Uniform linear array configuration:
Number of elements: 48
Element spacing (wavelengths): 0.25
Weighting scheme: hann
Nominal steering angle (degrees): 60
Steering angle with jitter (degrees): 58.495
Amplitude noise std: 0.05
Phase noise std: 0.05

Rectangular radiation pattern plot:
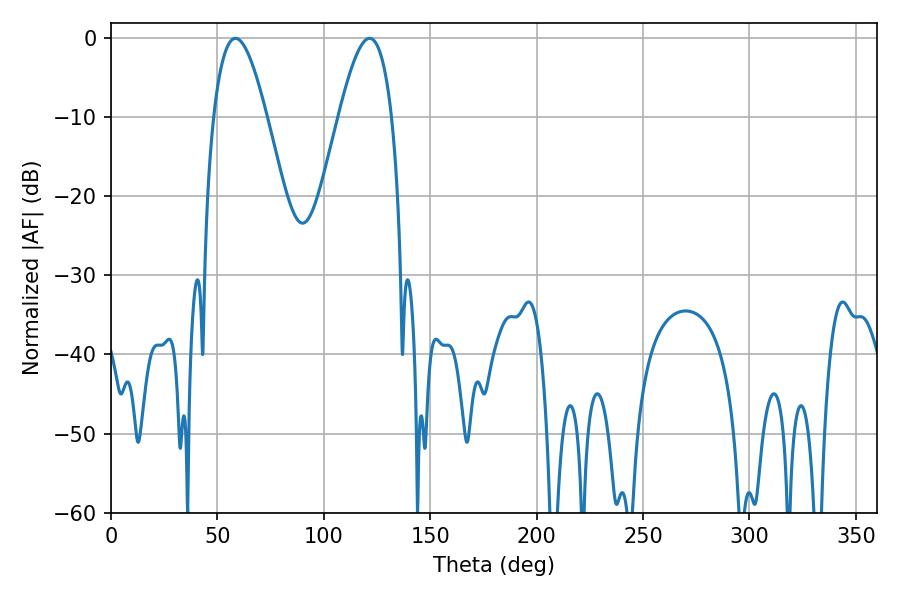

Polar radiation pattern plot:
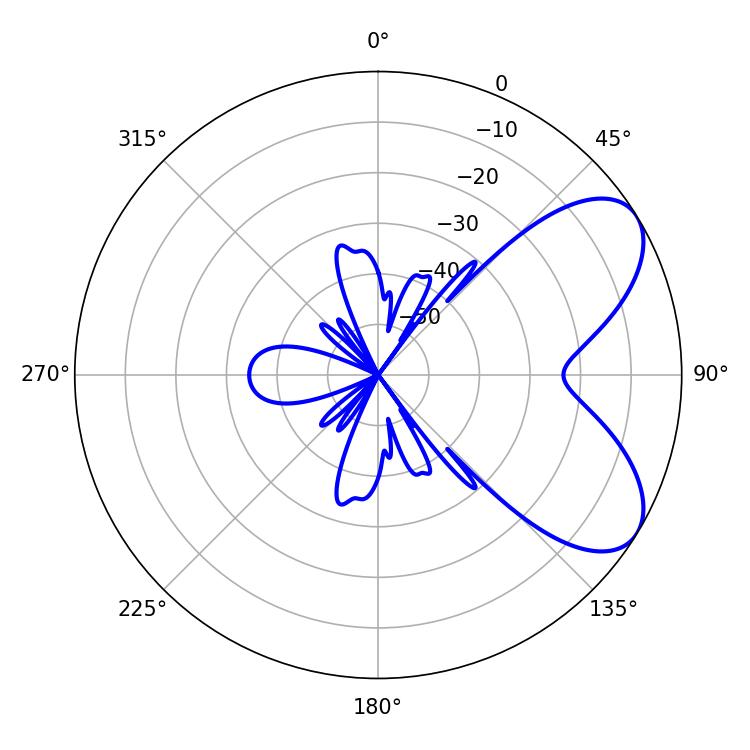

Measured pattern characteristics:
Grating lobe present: FALSE
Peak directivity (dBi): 6.546
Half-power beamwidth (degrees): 13.5
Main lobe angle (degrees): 58.5